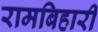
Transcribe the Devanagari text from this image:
रामबिहारी